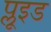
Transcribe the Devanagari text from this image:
प्लूइड